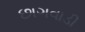
છાગવાડી